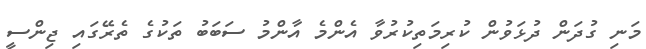
މަނި ގުދަން ދުޅަވުން ކުރިމަތިކުރުވާ އެންމެ އާންމު ސަބަބު ތަކުގެ ތެރޭގައި ޖިންސީ